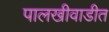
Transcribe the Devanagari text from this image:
पालखीवाडीत